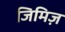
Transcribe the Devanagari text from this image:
जिमिज़